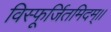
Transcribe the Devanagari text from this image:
विस्फूर्जितमिदम्।।